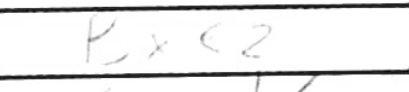
Transcription: Bxe2